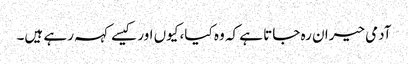
آدمی حیران رہ جاتا ہے کہ وہ کیا، کیوں اور کیسے کہہ رہے ہیں۔